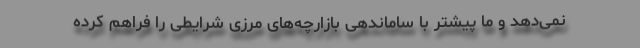
نمی‌دهد و ما پیشتر با ساماندهی بازارچه‌های مرزی شرایطی را فراهم کرده